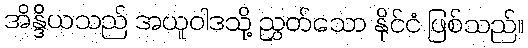
အိန္ဒိယသည် အယူဝါဒသို့ ညွှတ်သော နိုင်ငံ ဖြစ်သည်။